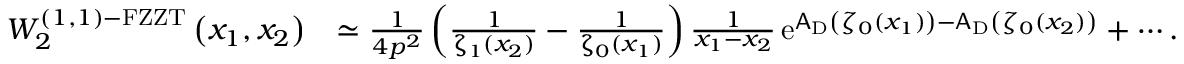
\begin{array} { r l } { W _ { 2 } ^ { ( 1 , 1 ) \mathrm { - F Z Z T } } \left( x _ { 1 } , x _ { 2 } \right) } & { \simeq \frac { 1 } { 4 p ^ { 2 } } \left( \frac { 1 } { \upzeta _ { 1 } ( x _ { 2 } ) } - \frac { 1 } { \upzeta _ { 0 } ( x _ { 1 } ) } \right) \frac { 1 } { x _ { 1 } - x _ { 2 } } \, { \mathrm { e } } ^ { \mathsf { A } _ { \mathrm { D } } \left( \zeta _ { 0 } ( x _ { 1 } ) \right) - \mathsf { A } _ { \mathrm { D } } \left( \zeta _ { 0 } ( x _ { 2 } ) \right) } + \cdots . } \end{array}